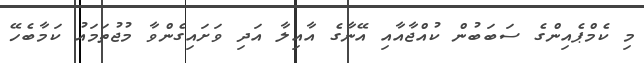
މި ކެމްޕެއިންގެ ސަބަބުން ކުއްޖާއާއި އޭނާގެ އާއިލާ އަދި ވަށައިގެންވާ މުޖުތަމައު ކަމާބެހޭ